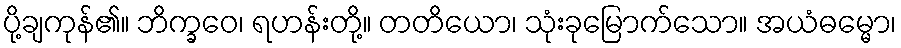
ပို့ချကုန်၏။ ဘိက္ခဝေ၊ ရဟန်းတို့။ တတိယော၊ သုံးခုမြောက်သော။ အယံဓမ္မော၊